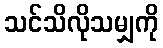
သင်သိလိုသမျှကို